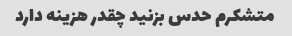
متشکرم حدس بزنید چقدر هزینه دارد